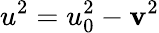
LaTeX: u^{2}=u_{0}^{2}-\mathbf{v}^{2}